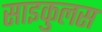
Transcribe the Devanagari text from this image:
साइकुलस